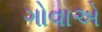
ગોવાએ